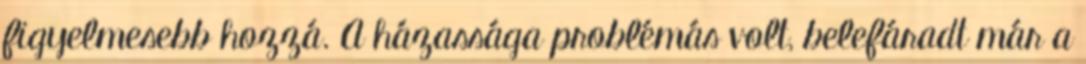
figyelmesebb hozzá. A házassága problémás volt, belefáradt már a